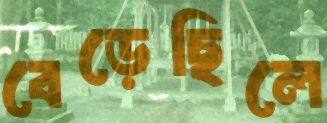
বেড়েছিলে